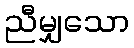
ညီမျှသော